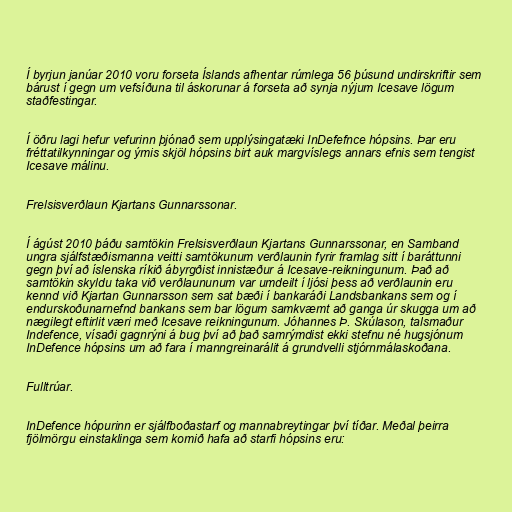
Í byrjun janúar 2010 voru forseta Íslands afhentar rúmlega 56 þúsund undirskriftir sem
bárust í gegn um vefsíðuna til áskorunar á forseta að synja nýjum Icesave lögum
staðfestingar.

Í öðru lagi hefur vefurinn þjónað sem upplýsingatæki InDefefnce hópsins. Þar eru
fréttatilkynningar og ýmis skjöl hópsins birt auk margvíslegs annars efnis sem tengist
Icesave málinu.

Frelsisverðlaun Kjartans Gunnarssonar.

Í ágúst 2010 þáðu samtökin Frelsisverðlaun Kjartans Gunnarssonar, en Samband
ungra sjálfstæðismanna veitti samtökunum verðlaunin fyrir framlag sitt í baráttunni
gegn því að íslenska ríkið ábyrgðist innistæður á Icesave-reikningunum. Það að
samtökin skyldu taka við verðlaununum var umdeilt í ljósi þess að verðlaunin eru
kennd við Kjartan Gunnarsson sem sat bæði í bankaráði Landsbankans sem og í
endurskoðunarnefnd bankans sem bar lögum samkvæmt að ganga úr skugga um að
nægilegt eftirlit væri með Icesave reikningunum. Jóhannes Þ. Skúlason, talsmaður
Indefence, vísaði gagnrýni á bug því að það samrýmdist ekki stefnu né hugsjónum
InDefence hópsins um að fara í manngreinarálit á grundvelli stjórnmálaskoðana.

Fulltrúar.

InDefence hópurinn er sjálfboðastarf og mannabreytingar því tíðar. Meðal þeirra
fjölmörgu einstaklinga sem komið hafa að starfi hópsins eru: